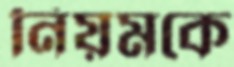
নিয়মকে